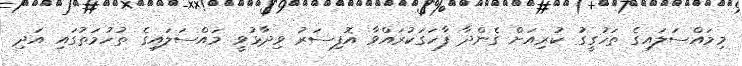
މިމައްސަލައިގެ ތަހުގީގު ކުރިއަށް ގެންދާ ފާހަގަކުރައްވާ އޮފިސަރު ވިދާޅުވީ މައްސަލައިގެ ތުހުމަތުގައި އަދި